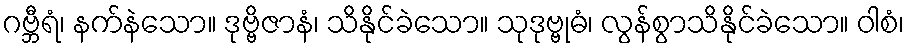
ဂဗ္ဘီရံ၊ နက်နဲသော။ ဒုဗ္ဗိဇာနံ၊ သိနိုင်ခဲသော။ သုဒုဗ္ဗုဓံ၊ လွန်စွာသိနိုင်ခဲသော။ ဝါစံ၊